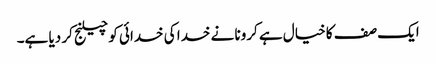
ایک صف کا خیال ہے کرونا نے خدا کی خدائی کو چیلنج کر دیا ہے۔